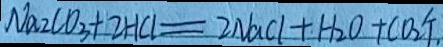
N a _ { 2 } C O _ { 3 } + 2 H C l = 2 N a C l + H _ { 2 } O + C O _ { 2 } \uparrow